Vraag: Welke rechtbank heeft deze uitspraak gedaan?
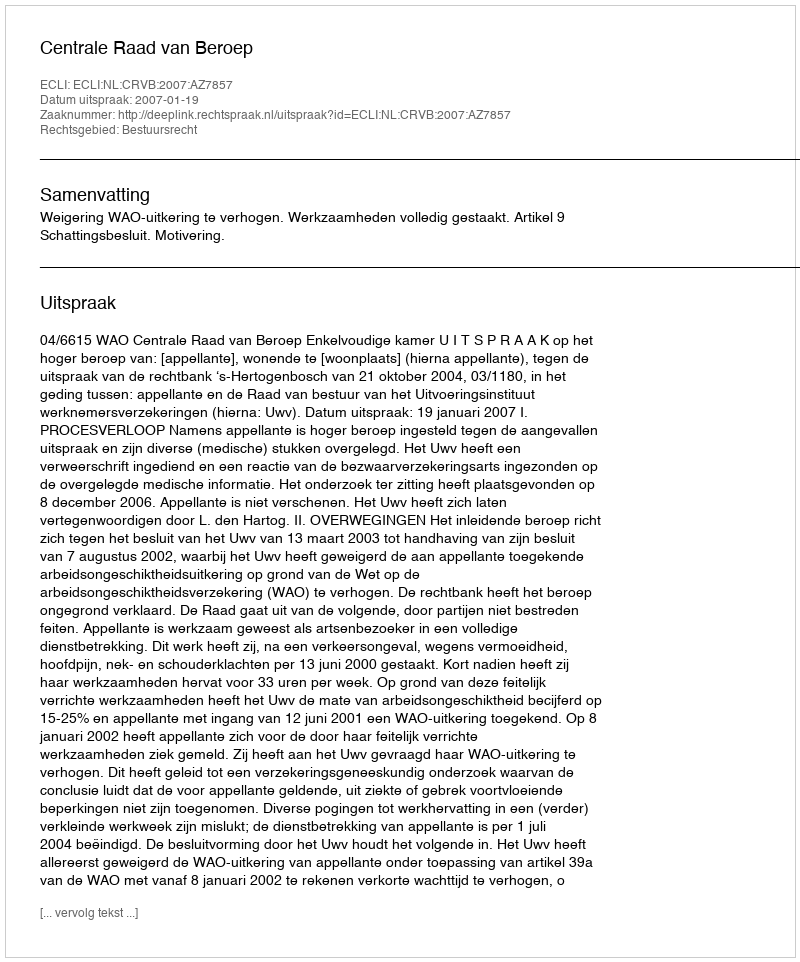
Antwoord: Centrale Raad van Beroep